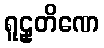
ရူဠှတိဏေ